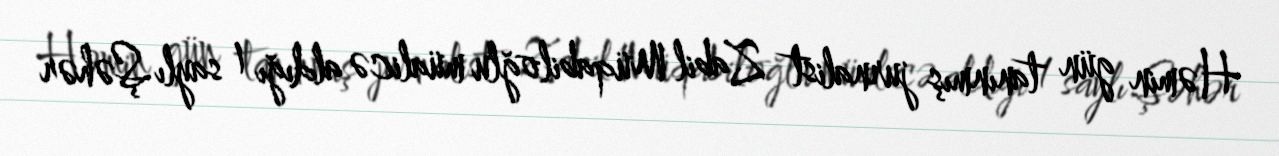
Həmin gün tanınmış jurnalist Zabil Müqabiloğlu müalicə aldığı 1 saylı Şəhər